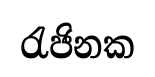
රැජිනක